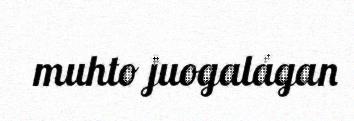
muhto juogalágan